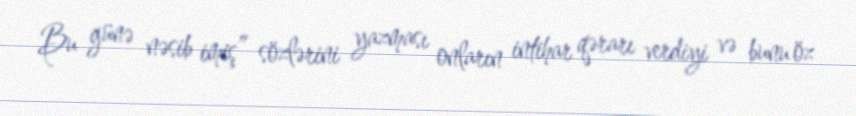
Bu günə nəsib imiş” sözlərini yazması onların intihar qərarı verdiyi və bunu öz